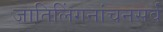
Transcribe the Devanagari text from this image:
जातिलिंगनांचनसर्वं